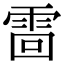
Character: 䨓